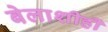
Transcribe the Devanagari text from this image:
बेलाशीही